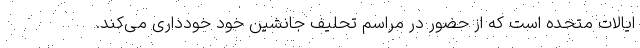
ایالات متحده است که از حضور در مراسم تحلیف جانشین خود خودداری می‌کند.